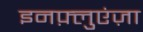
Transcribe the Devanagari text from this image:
इनफ़्लुएंज़ा